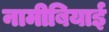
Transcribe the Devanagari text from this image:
नामीबियाई